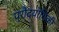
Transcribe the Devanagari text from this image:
प्रौदयोगिकी